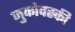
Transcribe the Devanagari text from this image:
जुकोवस्की